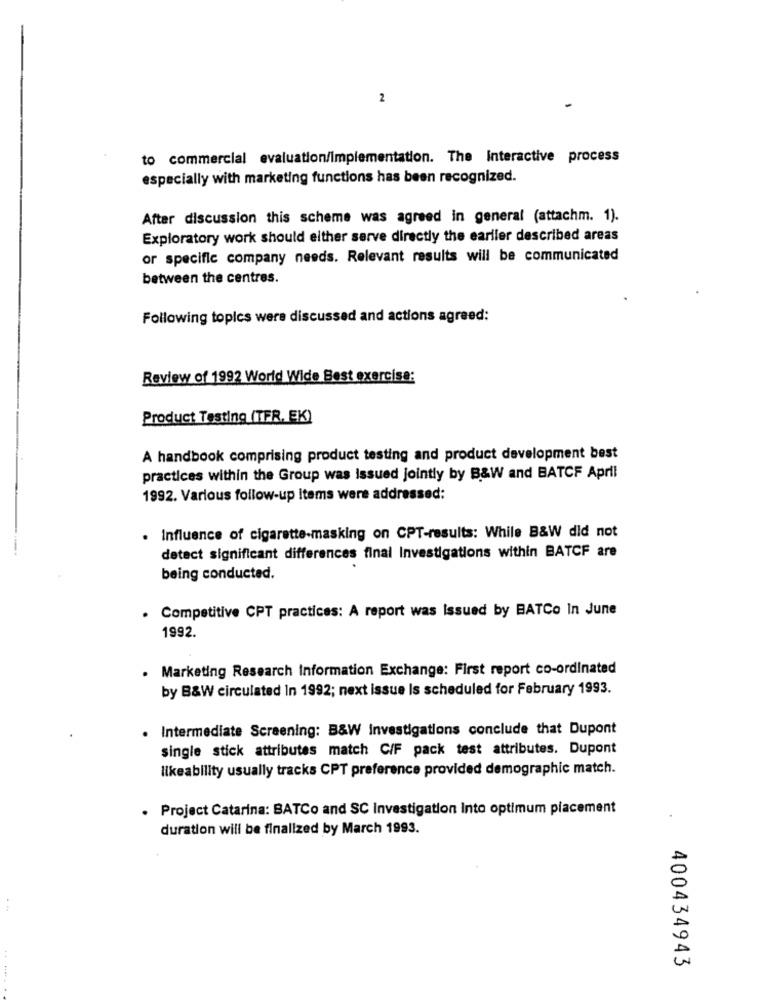
2
to commercial evaluation/Implementation. The Interactive process
especially with marketing functions has been recognized.
After discussion this scheme was agreed in general (attachm. 1).
Exploratory work should either serve directly the earlier described areas
or specific company needs. Relevant results will be communicated
between the centres.
Following topics were discussed and actions agreed:
Review of 1992 World Wide Best exercise:
Product Testing (TFR. EK)
A handbook comprising product testing and product development best
practices within the Group was issued jointly by B&W and BATCF April
1992. Various follow-up Items were addressed:
. Influence of cigarette-masking on CPT-results: While B&W did not
detect significant differences final Investigations within BATCF are
being conducted.
Competitive CPT practices: A report was Issued by BATCo In June
1992.
. Marketing Research Information Exchange: First report co-ordinated
by B&W circulated In 1992; next issue Is scheduled for February 1993.
. Intermediate Screening: B&W Investigations conclude that Dupont
single stick attributes match C/F pack test attributes. Dupont
likeability usually tracks CPT preference provided demographic match.
. Project Catarina: BATCo and SC Investigation Into optimum placement
duration will be finalized by March 1993.
400434943